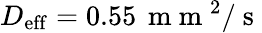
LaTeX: D_{\mathrm{{eff}}}=0.55\, \mathrm{~m~m~}^{2}/\mathrm{~s~}